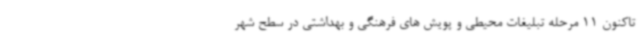
تاکنون 11 مرحله تبلیغات محیطی و پویش های فرهنگی و بهداشتی در سطح شهر